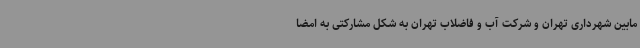
مابین شهرداری تهران و شرکت آب و فاضلاب تهران به شکل مشارکتی به امضا